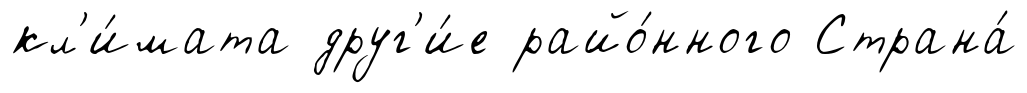
кл'и́мата друг'и́е райо́нного Страна́